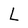
Character: L